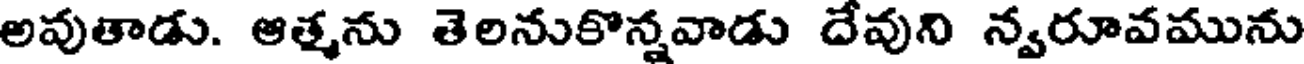
అవుతాడు. ఆత్మను తెలనుకొన్నవాడు దేవుని న్వరూవమును